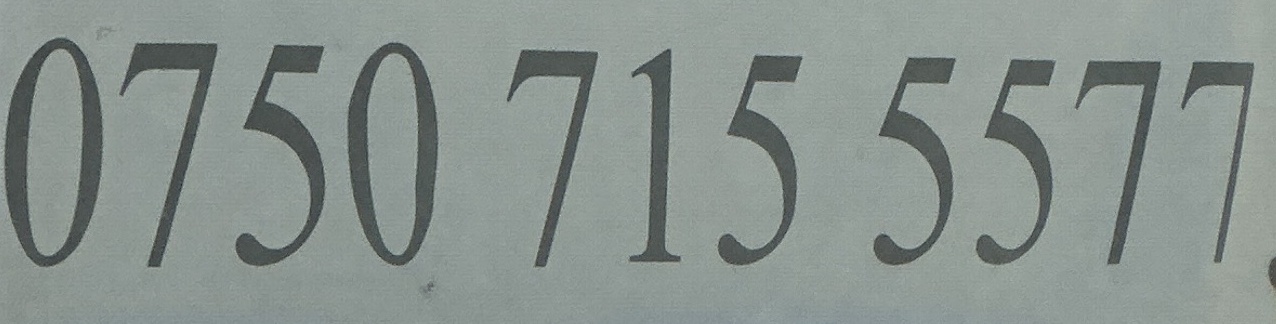
0750 715 5577